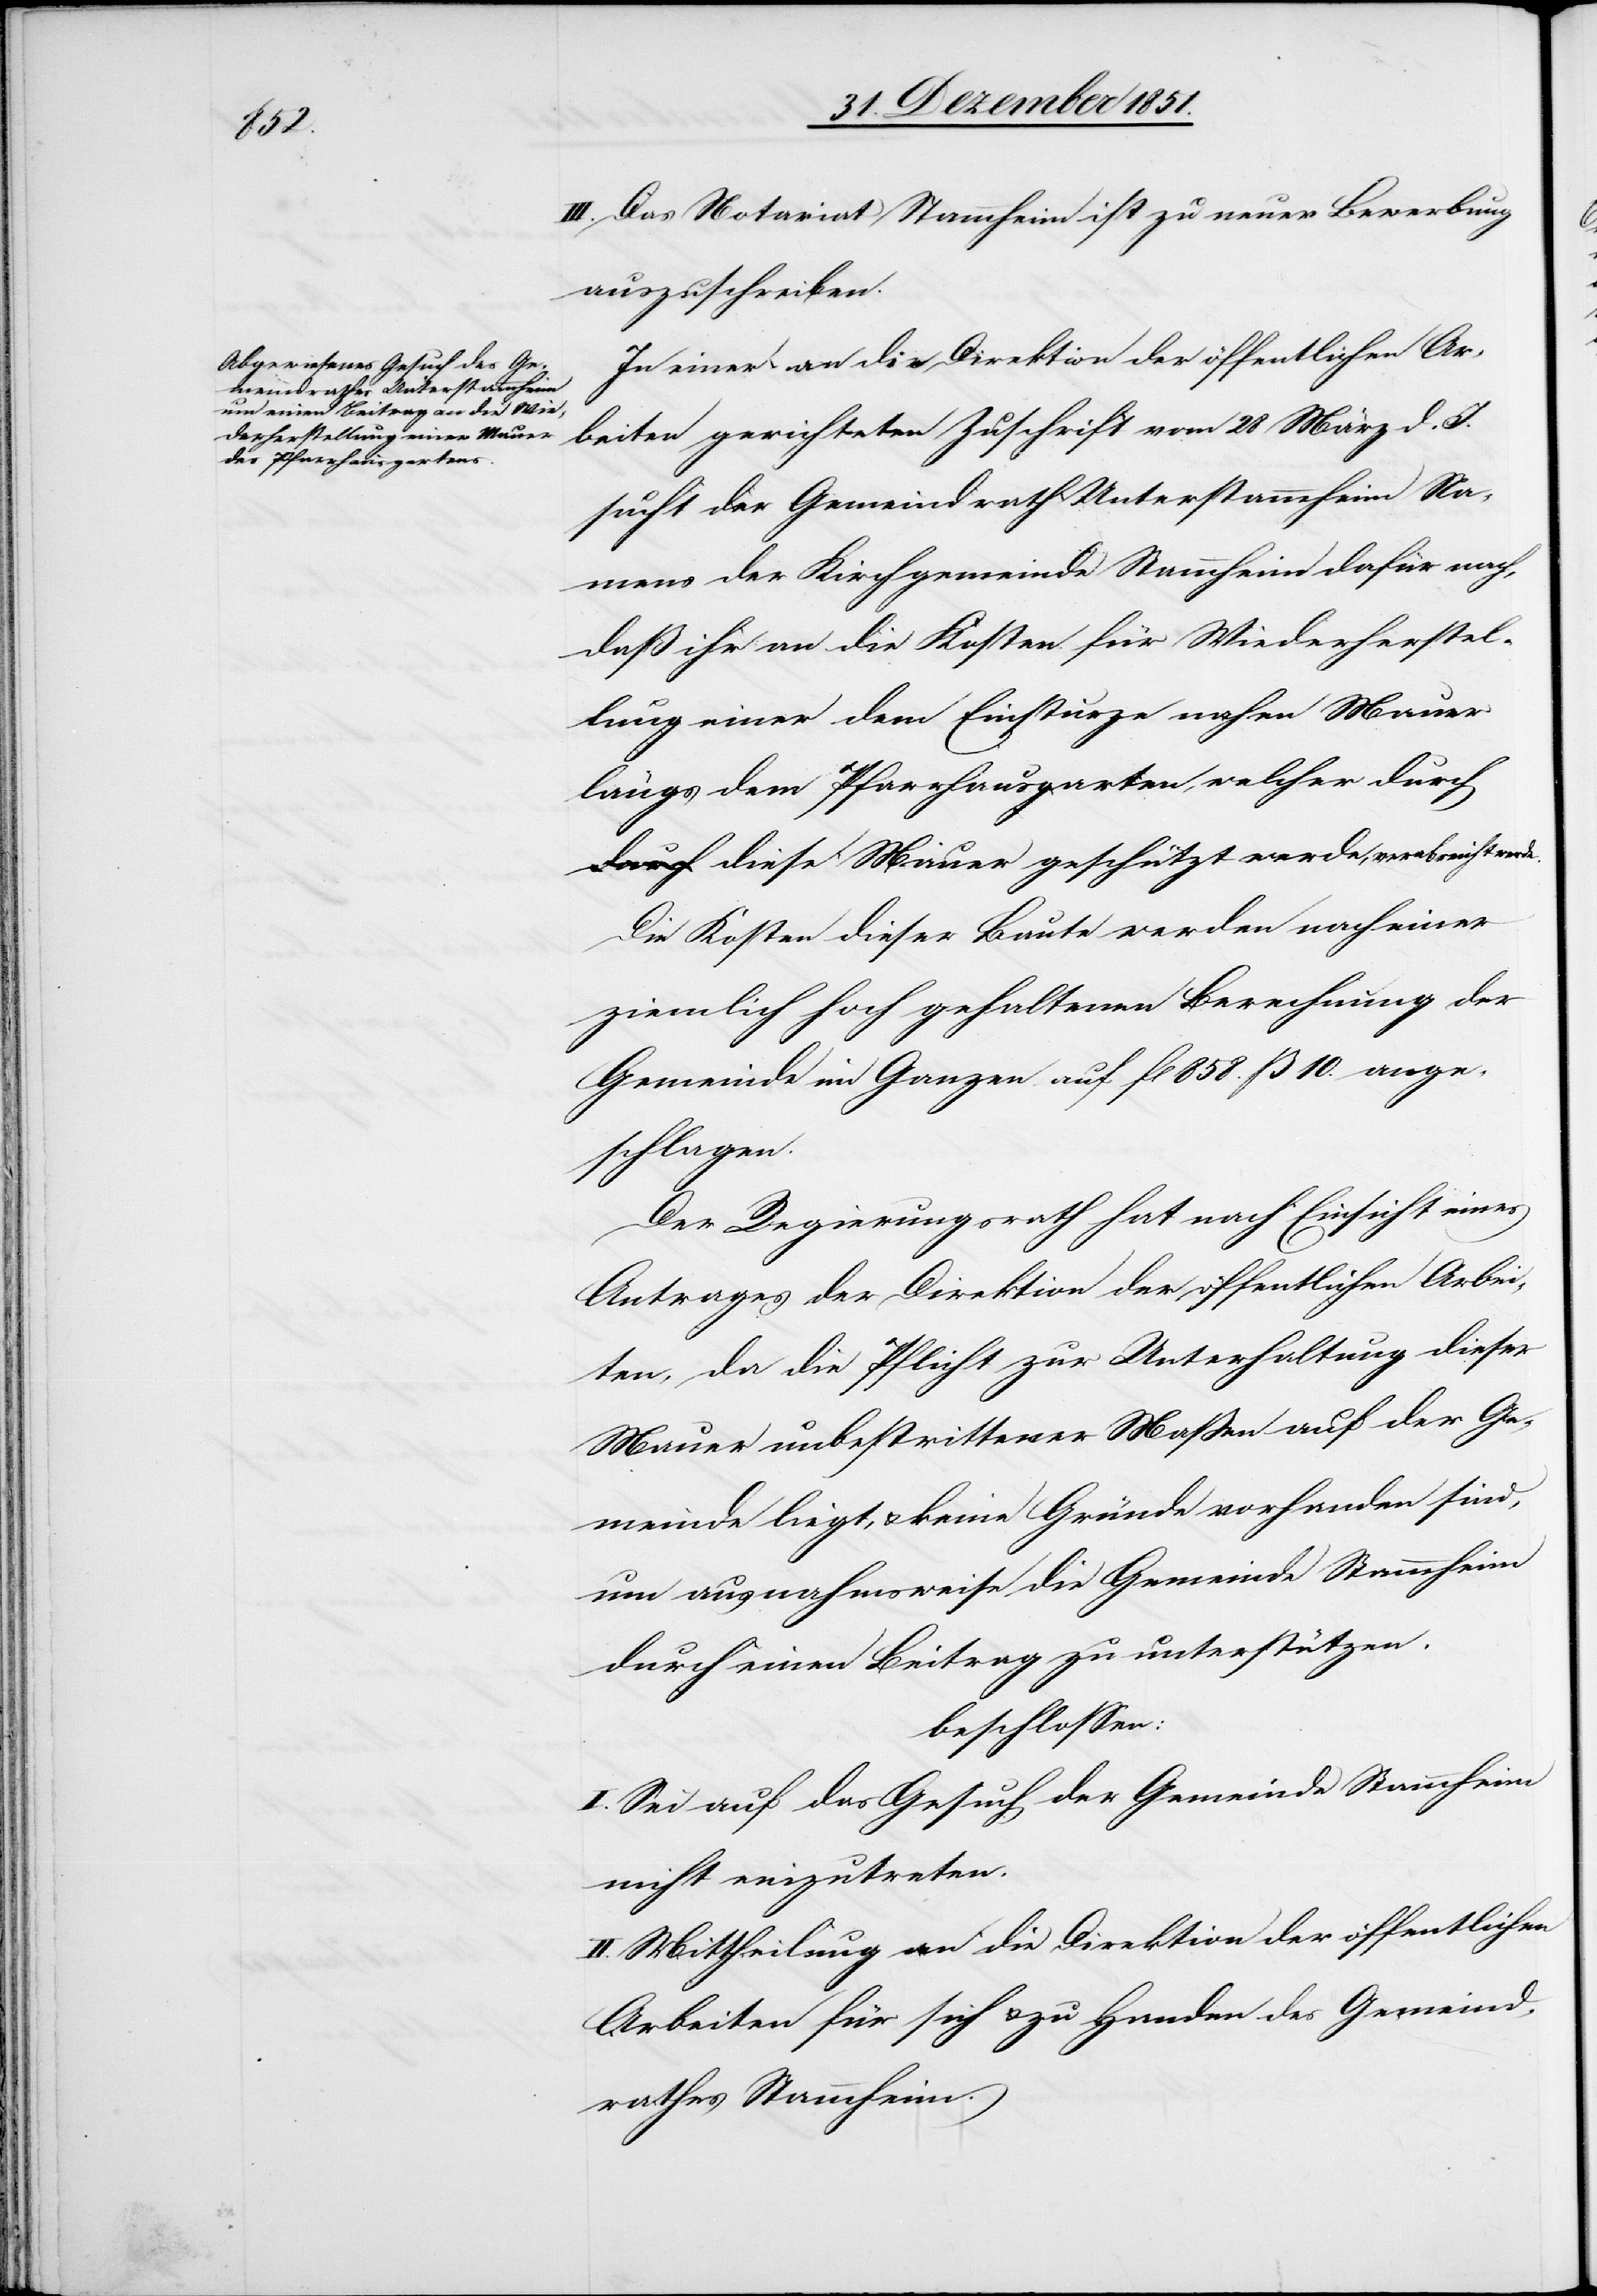
III. Das Notariat Stammheim ist zu neuer Bewerbung
auszuschreiben.
In einer an die Direktion der öffentlichen Ar¬
beiten gerichteten Zuschrift vom 28 März d. J.
sucht der Gemeindrath Unterstammheim Na¬
mens der Kirchgemeinde Stammheim dafür nach,
daß ihr an die Kosten für Wiederherstel¬
lung einer dem Einsturze nahen Mauer
längs dem Pfarrhausgarten, welcher durc¬
h diese Mauer geschützt werde, verabreicht werde.
Die Kosten dieser Baute werden nach einer
ziemlich hoch gehaltenen Berechnung der
Gemeinde im Ganzen auf fl 858. ß 10. ange¬
schlagen.
Der Regierungsrath hat nach Einsicht eines
Antrages der Direktion der öffentlichen Arbei¬
ten, da die Pflicht zur Unterhaltung dieser
Mauer unbestrittener Maßen auf der Ge¬
meinde liegt, & keine Gründe vorhanden sind,
um ausnahmsweise die Gemeinde Stammheim
durch einen Beitrag zu unterstützen,
beschlossen:
I. Sei auf das Gesuch der Gemeinde Stammheim
nicht einzutreten.
II. Mittheilung an die Direktion der öffentlichen
Arbeiten für sich & zu Handen des Gemeind¬
rathes Stammheim.